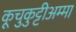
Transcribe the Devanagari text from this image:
कूचुकुट्टीअम्मा